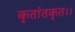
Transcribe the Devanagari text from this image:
कृतांतकृत।।